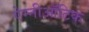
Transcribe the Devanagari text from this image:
ऐम्नीऑटिक